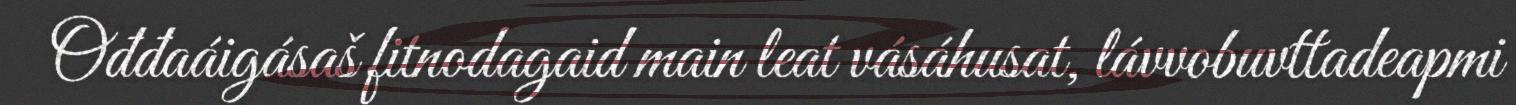
Ođđaáigásaš fitnodagaid main leat vásáhusat, lávvobuvttadeapmi